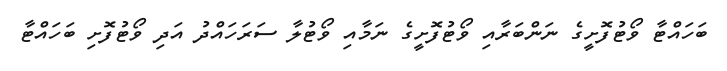
ބަހައްޓާ ވޯޓުފޮށީގެ ނަންބަރާއި ވޯޓުފޮށީގެ ނަމާއި ވޯޓުލާ ސަރަހައްދު އަދި ވޯޓުފޮށި ބަހައްޓާ